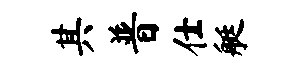
其普仕艇